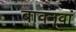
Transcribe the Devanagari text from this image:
बावनवां